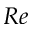
R e